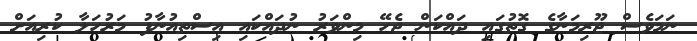
ނަމަވެސް ޖޫރިމަނާގެ ގޮތުގައި ދައްކަން ޖެހޭ މިންވަރު ނުދައްކައި އިސްތިއުނާފު މަރުހަލާ ކުރިއަށް